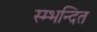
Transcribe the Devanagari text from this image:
स्म्भन्दित